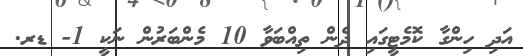
އަދި ހިންގާ ކޮމެޓީގައި ދެން ތިއްބަވާ 10 މެންބަރުން ނަކީ 1- ޑރ.